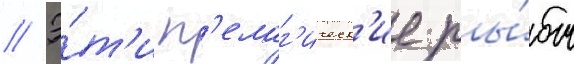
// Э́т'и п'елаг'ическ'ие ры́бы